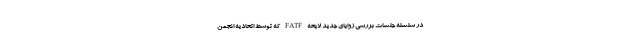
در سلسله جلسات بررسی زوایای جدید لایحه FATF که توسط اتحادیه انجمن